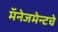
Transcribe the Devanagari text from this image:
मॅनेजमेन्टचे